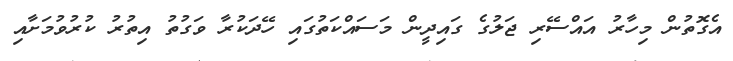
އެގޮތުން މިހާރު އައްސޭރި ޖަލުގެ ގައިދީން މަސައްކަތުގައި ހޭދަކުރާ ވަގުތު އިތުރު ކުރުވުމަށާއި